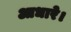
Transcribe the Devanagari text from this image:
आधारे।